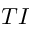
T I